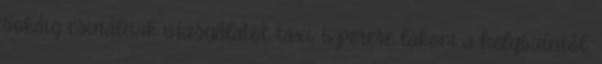
sokáig csinálnak vizsgálatot. taxi. 5 percre lakom a helyszíntől,